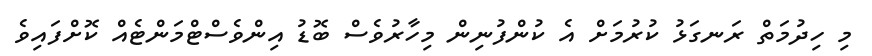
މި ހިދުމަތް ރަނގަޅު ކުރުމަށް އެ ކުންފުނިން މިހާރުވެސް ބޮޑު އިންވެސްޓްމަންޓެއް ކޮށްފައިވެ